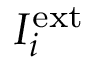
I _ { i } ^ { \mathrm { e x t } }